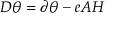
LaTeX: D \theta = \partial \theta - e A H